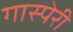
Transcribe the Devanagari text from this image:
गास्पेरी